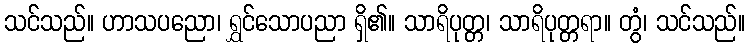
သင်သည်။ ဟာသပညော၊ ရွှင်သောပညာ ရှိ၏။ သာရိပုတ္တ၊ သာရိပုတ္တရာ။ တွံ၊ သင်သည်။